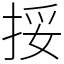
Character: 挼